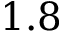
1 . 8